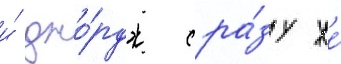
и́ джо́рдж сра́зу же́